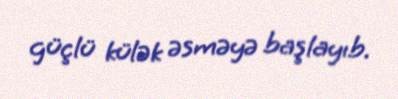
güçlü külək əsməyə başlayıb.